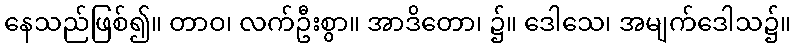
နေသည်ဖြစ်၍။ တာဝ၊ လက်ဦးစွာ။ အာဒိတော၊ ၌။ ဒေါသေ၊ အမျက်ဒေါသ၌။